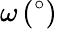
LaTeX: \omega\, (^{\circ})